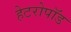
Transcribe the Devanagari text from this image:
हेटरोपॉड